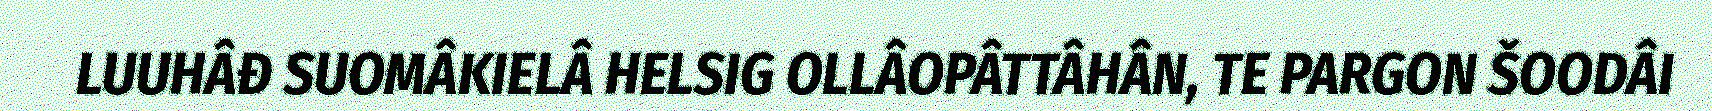
LUUHÂĐ SUOMÂKIELÂ HELSIG OLLÂOPÂTTÂHÂN, TE PARGON ŠOODÂI